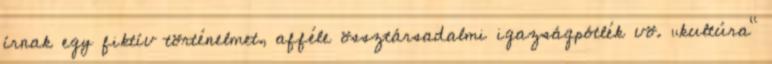
írnak egy fik­tív történelmet, afféle össztársadalmi igazságpótlék vö. „kultúra”